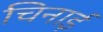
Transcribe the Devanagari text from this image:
चिनाईं